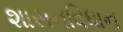
શાસનવિધાન